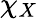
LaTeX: \chi_{X}